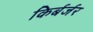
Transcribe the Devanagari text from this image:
किर्बर्जर